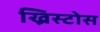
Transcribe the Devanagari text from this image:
ख्रिस्टोस